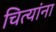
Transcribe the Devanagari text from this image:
चित्यांना